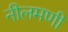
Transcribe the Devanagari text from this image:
नीलमणी